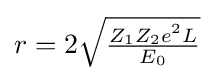
r=2{\sqrt {\tfrac {Z_{1}Z_{2}e^{2}L}{E_{0}}}}